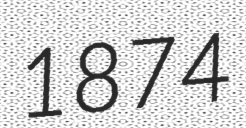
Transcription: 1874